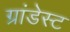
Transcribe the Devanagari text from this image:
ग्रांडेस्ट